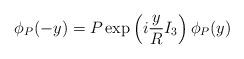
LaTeX: \begin{align*}\phi_P (-y) = P \exp \left(i \frac{y}{R} I_3 \right) \phi_P (y)\end{align*}